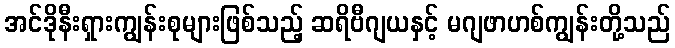
အင်ဒိုနီးရှားကျွန်းစုများဖြစ်သည့် ဆရိဗီဂျယနှင့် မဂျဖာဟစ်ကျွန်းတို့သည်